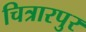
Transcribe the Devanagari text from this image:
चित्रारपुर